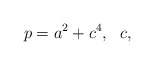
\begin{align*}p = a^2+c^4,\ \ c,\end{align*}